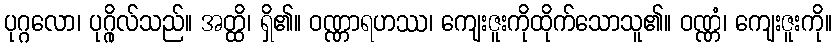
ပုဂ္ဂလော၊ ပုဂ္ဂိုလ်သည်။ အတ္ထိ၊ ရှိ၏။ ဝဏ္ဏာရဟဿ၊ ကျေးဇူးကိုထိုက်သောသူ၏။ ဝဏ္ဏံ၊ ကျေးဇူးကို။